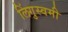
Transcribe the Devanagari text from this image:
लिंगुस्वमी